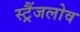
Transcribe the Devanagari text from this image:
स्ट्रैंजलोव